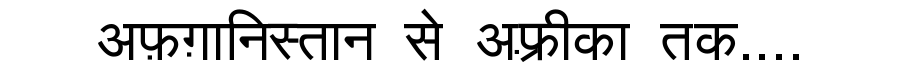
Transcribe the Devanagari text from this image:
अफ़ग़ानिस्तान से अफ़्रीका तक....